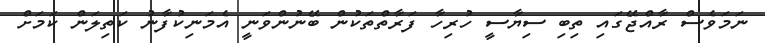
ނަމަވެސް ރާއްޖޭގައި ތިބި ސިޔާސީ ހުރިހާ ފަރާތްތަކުން ބޭނުންވަނީ އެމަނިކުފާނު ކަތިލަން ކަމަށް